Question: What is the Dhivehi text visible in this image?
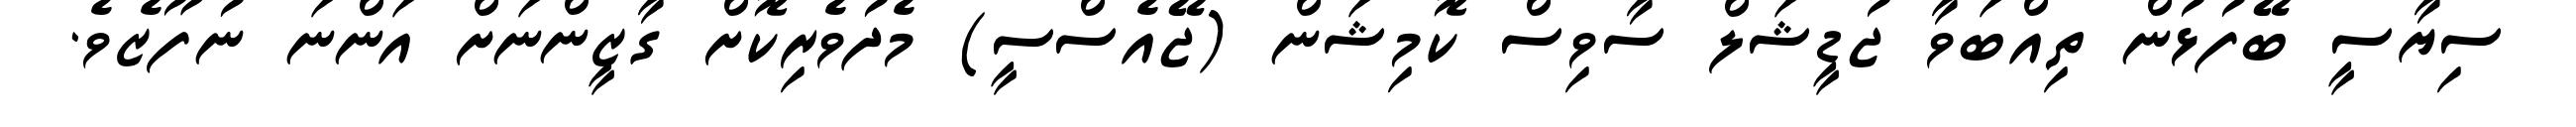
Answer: ސިޔާސީ ބޭފުޅުން ތިއްބަވާ ޖުޑީޝަލް ސާވިސް ކޮމިޝަން (ޖޭއެސްސީ) މެދުވެރިކޮށް ގާޒީންނަށް އަންނަ ނުފޫޒެވެ.